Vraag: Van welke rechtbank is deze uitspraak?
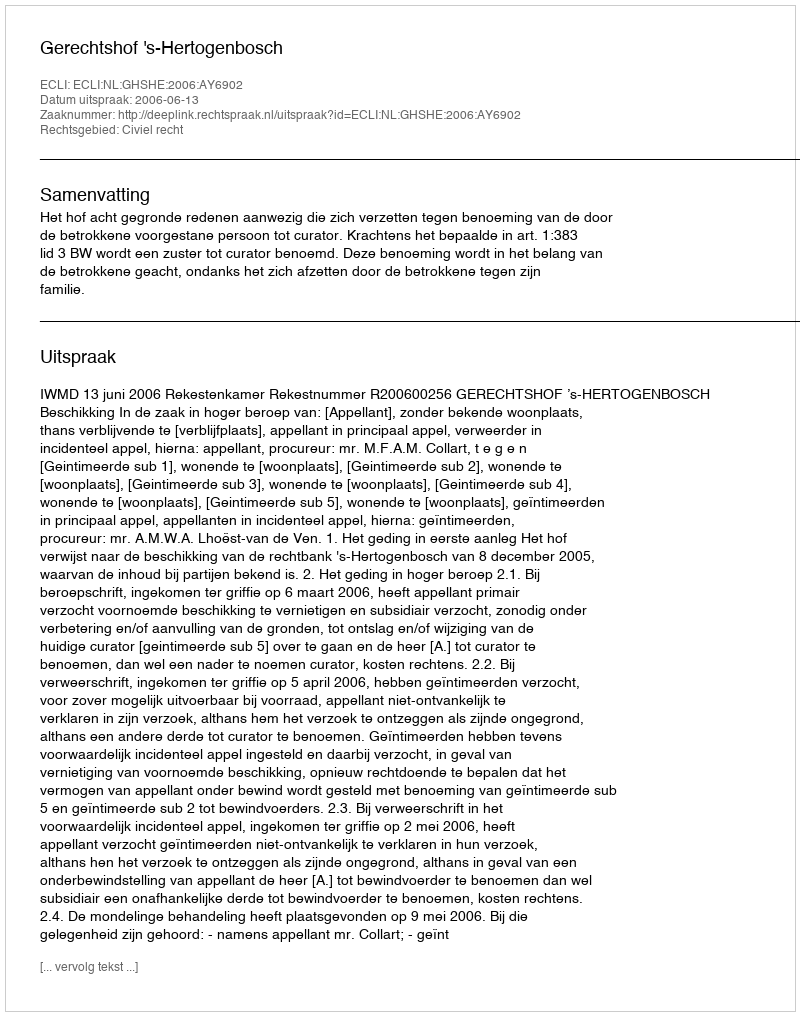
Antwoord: Gerechtshof 's-Hertogenbosch